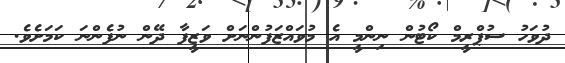
ދުވަހު ސުޕްރީމް ކޯޓުން ނިންމީ އެ މުވައްޒަފުންނަށް ވަޒީފާ ދޭން ނުފެންނަ ކަމަށެވެ.